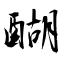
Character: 醐